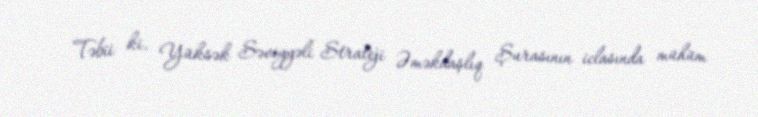
Təbii ki, Yüksək Səviyyəli Strateji Əməkdaşlıq Şurasının iclasında mühüm